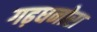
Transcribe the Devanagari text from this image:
गढ़धनोरा